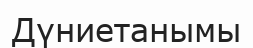
Дүниетанымы